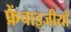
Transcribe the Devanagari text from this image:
फ्रेंचाइजीयों